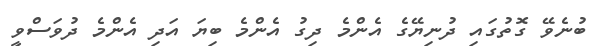
ބުނެވޭ ގޮތުގައި ދުނިޔޭގެ އެންމެ ދިގު އެންމެ ބިޔަ އަދި އެންމެ ދުވަސްވީ